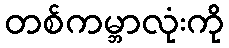
တစ်ကမ္ဘာလုံးကို